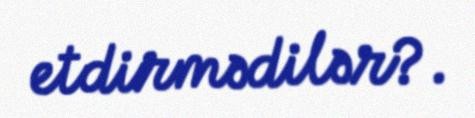
etdirmədilər?.